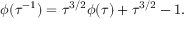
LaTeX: \phi ( \tau ^ { - 1 } ) = \tau ^ { 3 / 2 } \phi ( \tau ) + \tau ^ { 3 / 2 } - 1 .